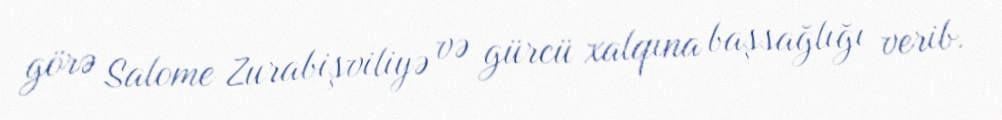
görə Salome Zurabişviliyə və gürcü xalqına başsağlığı verib.